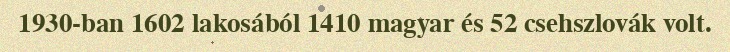
1930-ban 1602 lakosából 1410 magyar és 52 csehszlovák volt.